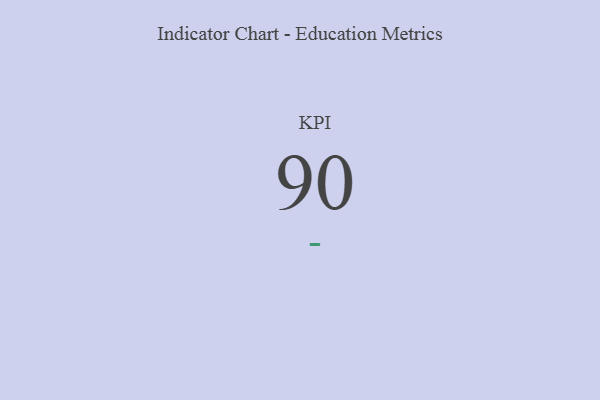
{"axis": {"x": "KPI", "y": "Value"}, "legend": [""], "data": [{"x": "KPI", "y": 90, "type": ""}]}